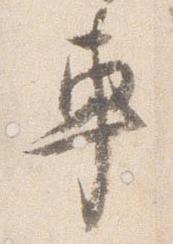
車